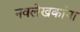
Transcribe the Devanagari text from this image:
नवलेखकांना